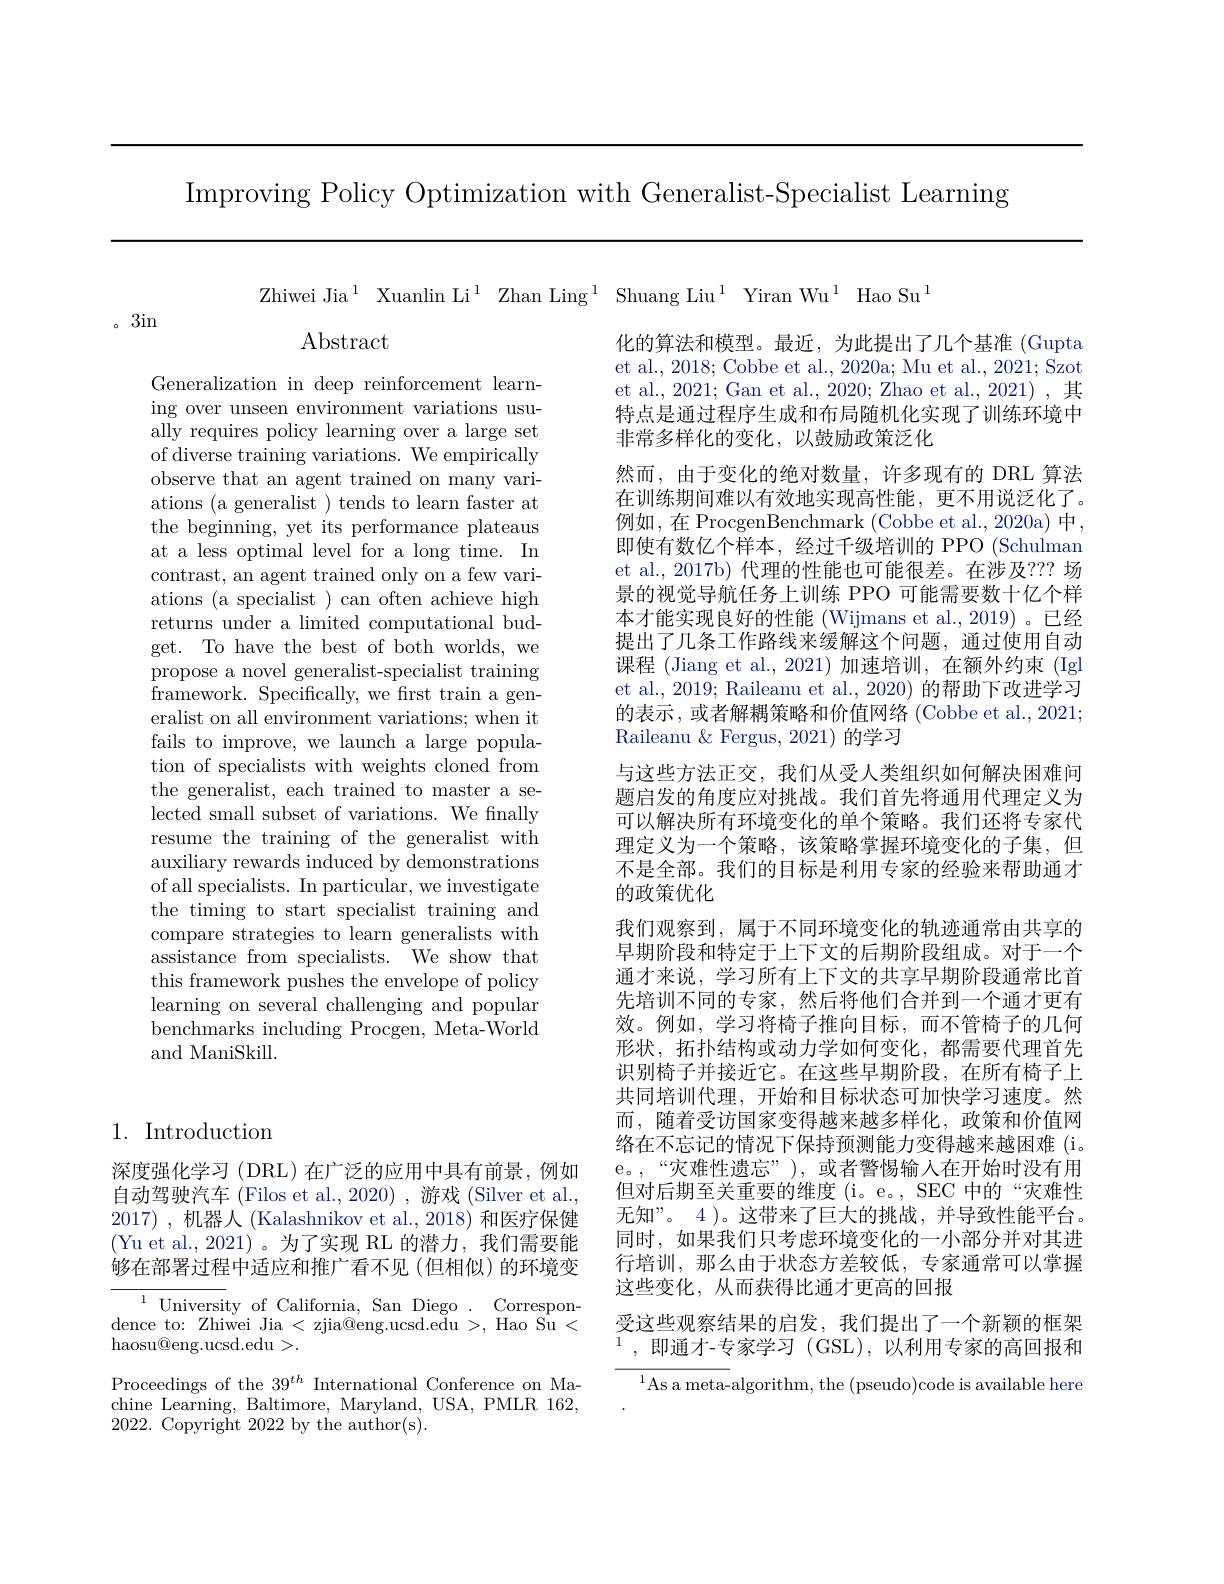
Improving Policy Optimization with Generalist- Specialist Learning

Zhiwei Jia$^1$ Xuanlin Li$^1$ Zhan Ling$^1$ Shuang Liu$^1$ Yiran Wu$^1$ Hao Su$^1$

。3in

Abstract

Generalization in deep reinforcement learning over unseen environment variations usually requires policy learning over a large set of diverse training variations. We empirically observe that an agent trained on many variations (a generalist ) tends to learn faster at the beginning, yet its performance plateaus at a less optimal level for a long time. In contrast, an agent trained only on a few variations (a specialist ) can often achieve high returns under a limited computational budget. To have the best of both worlds, we propose a novel generalist-specialist training $\tilde{\text{framework. Specifically, we first train a gen-}}$ eralist on all environment variations; when it fails to improve, we launch a large population of specialists with weights cloned from the generalist, each trained to master a selected small subset of variations. We fnally resume the training of the generalist with auxiliary rewards induced by demonstrations of all specialists. In particular, we investigate the timing to start specialist training and compare strategies to learn generalists with assistance from specialists. We show that this framework pushes the envelope of policy learning on several challenging and popular benchmarks including Procgen, Meta-World and ManiSkill.

化的算法和模型。最近，为此提出了几个基准 (Gupta et al., 2018; Cobbe et al., 2020a; Mu et al., 2021; Szot et al., 2021; Gan et al., 2020; Zhao et al., 2021) , 其特点是通过程序生成和布局随机化实现了训练环境中非常多样化的变化，以鼓励政策泛化
然而，由于变化的绝对数量，许多现有的 DRL 算法在训练期间难以有效地实现高性能，更不用说泛化了。例如，在 ProcgenBenchmark (Cobbe et al., 2020a) 中， 即使有数亿个样本，经过千级培训的 PPO (Schulman et al.,2017b) 代理的性能也可能很差。在涉及？? 场景的视觉导航任务上训练 PPO 可能需要数十亿个样本才能实现良好的性能 (Wijmans et al., 2019) 。已经提出了几条工作路线来缓解这个问题，通过使用自动课程 (Jiang et al.,2021)加速培训，在额外约束 (Igl et al., 2019; Raileanu et al., 2020) 的帮助下改进学习的表示，或者解耦策略和价值网络 (Cobbe et al., 2021; Raileanu & Fergus, 2021) 的学习
与这些方法正交，我们从受人类组织如何解决困难问题启发的角度应对挑战。我们首先将通用代理定义为可以解决所有环境变化的单个策略。我们还将专家代理定义为一个策略，该策略掌握环境变化的子集，但不是全部。我们的目标是利用专家的经验来帮助通才的政策优化
我们观察到，属于不同环境变化的轨迹通常由共享的早期阶段和特定于上下文的后期阶段组成。对于一个通才来说，学习所有上下文的共享早期阶段通常比首先培训不同的专家，然后将他们合并到一个通才更有效。例如，学习将椅子推向目标，而不管椅子的几何形状，拓扑结构或动力学如何变化，都需要代理首先识别椅子并接近它。在这些早期阶段，在所有椅子上共同培训代理，开始和目标状态可加快学习速度。然而，随着受访国家变得越来越多样化，政策和价值网络在不忘记的情况下保持预测能力变得越来越困难(i。e。,“灾难性遗忘”),或者警惕输入在开始时没有用但对后期至关重要的维度 (i。e。, SEC 中的“灾难性无知”。4 )。这带来了巨大的挑战，并导致性能平台。同时，如果我们只考虑环境变化的一小部分并对其进行培训，那么由于状态方差较低，专家通常可以掌握这些变化，从而获得比通才更高的回报
受这些观察结果的启发，我们提出了一个新颖的框架$^{1}$,即通才-专家学习(GSL),以利用专家的高回报和
$^{1}$As a meta-algorithm, the (pseudo)code is available here

## 1. Introduction

深度强化学习(DRL)在广泛的应用中具有前景，例如自动驾驶汽车 (Filos et al., 2020) ,游戏 (Silver et al., 2017) ,机器人 (Kalashnikov et al., 2018) 和医疗保健(Yu et al.,2021)。为了实现 RL 的潜力，我们需要能够在部署过程中适应和推广看不见(但相似)的环境变

$^{1}$University of California, San Diego . Correspondence to: Zhiwei Jia < zjia@eng.ucsd.edu >, Hao Su < ${\mathrm{haosu@eng.ucsd.edu>.}}$

Proceedings of the $39^{th}$ International Conference on Machine Learning, Baltimore, Maryland, USA, PMLR 162, 2022. Copyright 2022 by the author(s).